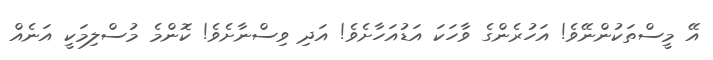
އޭ މީސްތަކުންނޭވެ! އަހުރެންގެ ވާހަކަ އަޑުއަހާށެވެ! އަދި ވިސްނާށެވެ! ކޮންމެ މުސްލިމަކީ އަނެއް